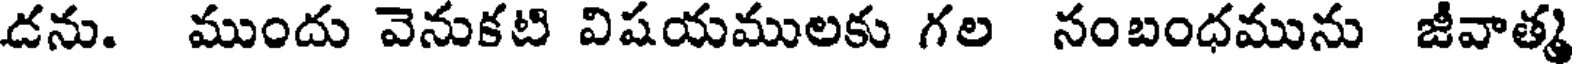
డను. ముందు వెనుకటి విషయములకు గల సంబంధమును జీవాత్మ